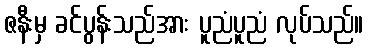
ဇနီးမှ ခင်ပွန်းသည်အား ပူညံပူညံ လုပ်သည်။